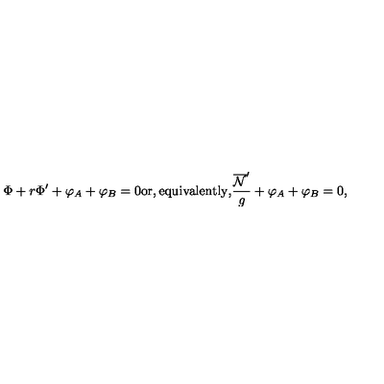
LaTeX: { \Phi } + r { \Phi } ^ { \prime } + { \varphi } _ { A } + { \varphi } _ { B } = 0 \mathrm { o r , e q u i v a l e n t l y , } \frac { \overline { { \cal { N } } } ^ { \prime } } { g } + { \varphi } _ { A } + { \varphi } _ { B } = 0 ,